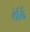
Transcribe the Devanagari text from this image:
वेर्दि